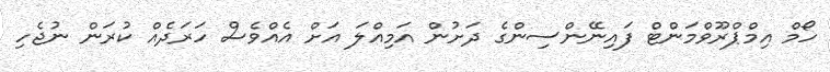
ހޯމް އިމްޕްރޫވްމަންޓް ފައިނޭންސިންގެ ދަށުން އަމިއްލަ އަށް އެއްވެސް ހަރަދެއް ކުރަން ނުޖެހި